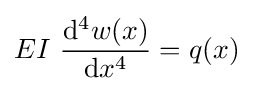
EI~{\frac {\mathrm {d} ^{4}w(x)}{\mathrm {d} x^{4}}}=q(x)